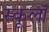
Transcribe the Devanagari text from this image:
स्कूलॉ